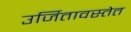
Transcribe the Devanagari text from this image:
उर्जितावस्तेत